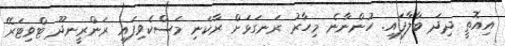
އިއޮތީ ދިދަ ބާލާފައި. ހުންނާނެ މިހާރު ރަނގަޅަށް ރާކަނި މަސްކެވިފައި ރަންރީނދޫ ޓްވިޓަރޭ